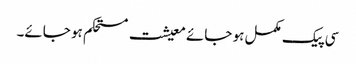
سی پیک مکمل ہو جائے معیشت مستحکم ہو جائے۔